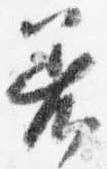
着